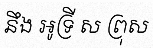
នឹង អូទ្រី ស ព្រុស